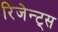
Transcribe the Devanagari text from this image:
रिजेन्ट्स